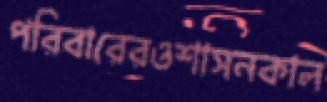
পরিবারেরওশাসনকাল